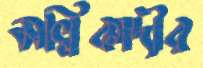
মল্লিকাদীর